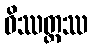
ဝိဿတ္ထဿ